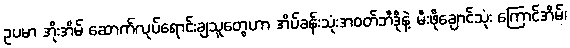
ဥပမာ အိုးအိမ် ဆောက်လုပ်ရောင်းချသူတွေဟာ အိပ်ခန်းသုံးအဝတ်ဘီဒိုနဲ့ မီးဖိုချောင်သုံး ကြောင်အိမ်၊